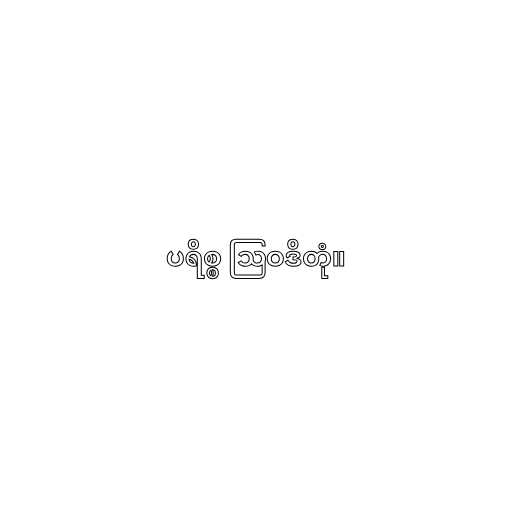
ပရိစ္စ ဩဝဒိတုံ။